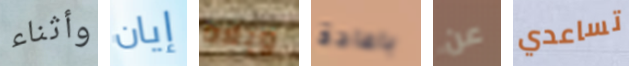
وأثناء إيان ويلاه باعادة عن تساعدي